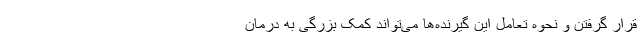
قرار گرفتن و نحوه تعامل این گیرنده‌ها می‌تواند کمک بزرگی به درمان